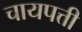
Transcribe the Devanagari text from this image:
चायपत्ती